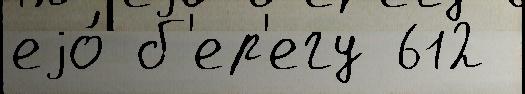
еjо́ б'ер'егу 612